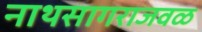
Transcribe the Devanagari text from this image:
नाथसागराजवळ